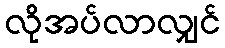
လိုအပ်လာလျှင်